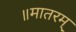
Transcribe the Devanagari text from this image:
॥मातरम्